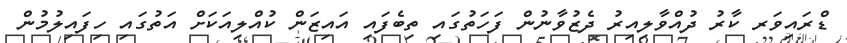
ޑްރައިވަރ ކާރު ދުއްވާލިއިރު ދެޒުވާނުން ފަހަތުގައި ތިބެފައި އައިޒަން ކުއްލިއަކަށް އަތުގައި ހިފައިލުމުން